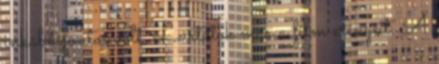
inkább fontos volt. Leírtátok már a film erényeit. A